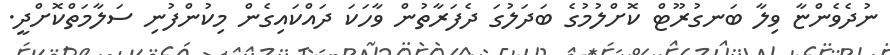
ނުދެވެންޏާ ވިލާ ބަނގުރޫޓް ކޮށްލުމުގެ ބަދަލުގަ ދެފަރާތުން ވާހަކަ ދައްކައިގެން މިކުންފުނި ސަލާމަތްކޮށްދީ.